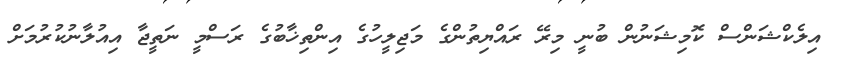
އިލެކްޝަންސް ކޮމިޝަނުން ބުނީ މިރޭ ރައްޔިތުންގެ މަޖިލީހުގެ އިންތިޚާބުގެ ރަސްމީ ނަތީޖާ އިއުލާނުކުރުމަށް